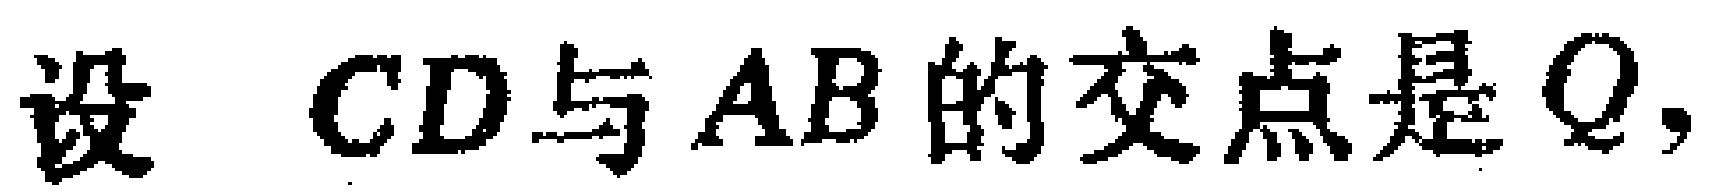
设 \(CD\) 与 \(AB\) 的交点是 \(Q\)，